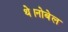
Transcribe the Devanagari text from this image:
थे।नोबेल